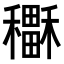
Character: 𥣲